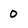
Character: 0